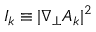
I _ { k } \equiv \lvert \nabla _ { \perp } A _ { k } \rvert ^ { 2 }